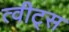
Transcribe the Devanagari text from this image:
त्वीट्स